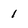
Character: 1